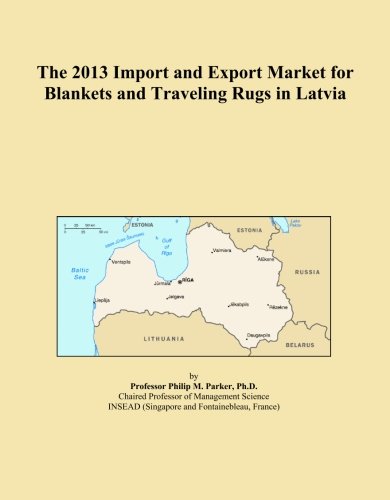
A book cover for The 2013 Import and Export Market for Blankets and Traveling Rugs in Latvia; Icon Group International; Travel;